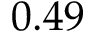
0 . 4 9